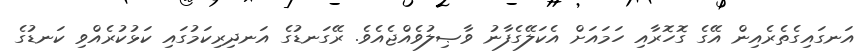
އަނގައިގެތެރެއިން އޭގެ ގޮހޮރާއި ހަމައަށް އެކަލޭގެފާނު ވާޞިލުވެއްޖެއެވެ. ރޭގަނޑުގެ އަނދިރިކަމުގައި ކަޅުކުރެއްވި ކަނޑުގެ